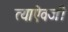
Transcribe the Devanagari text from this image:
त्याऎवजी